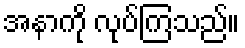
အနာကို လုပ်ကြသည်။